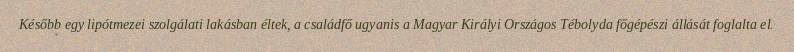
Később egy lipótmezei szolgálati lakásban éltek, a családfő ugyanis a Magyar Királyi Országos Tébolyda főgépészi állását foglalta el.